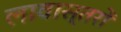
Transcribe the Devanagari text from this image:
लावास्तरों